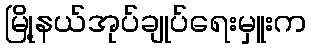
မြို့နယ်အုပ်ချုပ်ရေးမှူးက